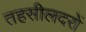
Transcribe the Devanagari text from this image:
तहसीलदरों